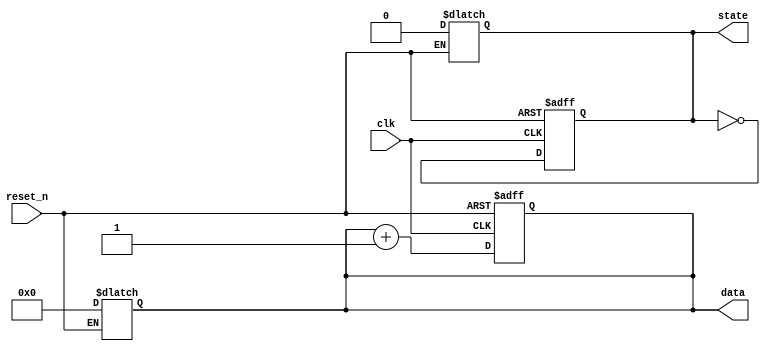
module InitializationBlock (
    input wire clk,         // Clock signal
    input wire reset_n,     // Active low reset signal
    output reg [7:0] data,  // 8-bit data register
    output reg state        // State variable
);

// Initialization Block
always @(*) begin
    // Check for reset condition
    if (!reset_n) begin
        // Initialize registers to known values upon reset
        data = 8'b00000000;  // Initialize data register to 0
        state = 1'b0;        // Set state to initial state (0)
    end
    else begin
        // Normal operation initialization (if needed)
        // This can be used to set the initial conditions for the main operation
        // data = 8'b00000001; // Example: set data to a specific value
        // state = 1'b1;       // Example: set state to another value
    end
end

// Sequential logic for updating registers on clock edge
always @(posedge clk or negedge reset_n) begin
    if (!reset_n) begin
        // Reset logic (if sequential elements are involved)
        data <= 8'b00000000;  // Reset data register
        state <= 1'b0;        // Reset state variable
    end
    else begin
        // Main operation (update logic)
        // Example: Increment data on every clock cycle
        data <= data + 1; // Increment data register
        state <= ~state;  // Toggle state variable
    end
end

endmodule